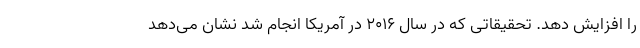
را افزایش دهد. تحقیقاتی که در سال ۲۰۱۶ در آمریکا انجام شد نشان می‌دهد